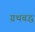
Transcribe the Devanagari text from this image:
ग्रथबद्ध